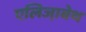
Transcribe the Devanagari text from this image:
एलिजा़बेथ